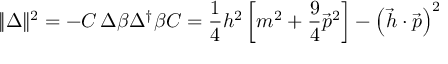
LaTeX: | \! | \Delta | \! | ^ { 2 } = - C \, \Delta \beta \Delta ^ { \dagger } \beta C = \frac 1 4 h ^ { 2 } \left[ m ^ { 2 } + \frac 9 4 \vec { p } ^ { 2 } \right] - \left( \vec { h } \cdot \vec { p } \right) ^ { 2 }